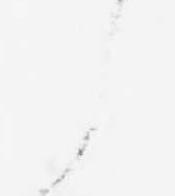
候